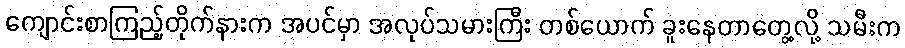
ကျောင်းစာကြည့်တိုက်နားက အပင်မှာ အလုပ်သမားကြီး တစ်ယောက် ခူးနေတာတွေ့လို့ သမီးက